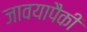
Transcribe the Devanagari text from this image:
जावयापैकी